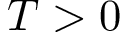
T > 0